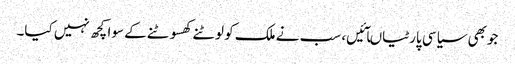
جوبھی سیاسی پارٹیاںآئیں، سب نے ملک کو لوٹنے کھسوٹنے کے سوا کچھ نہیں کیا۔